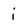
Character: i